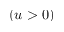
( u > 0 )